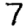
Digit: 7